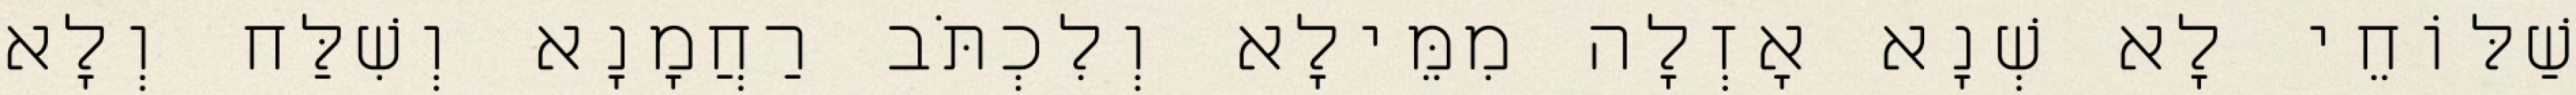
שַׁלּוֹחֵי לָא שְׁנָא אָזְלָה מִמֵּילָא וְלִכְתֹּב רַחֲמָנָא וְשִׁלַּח וְלָא